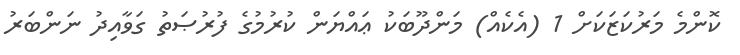
ކޮންމެ މަރުކަޒަކަށް 1 (އެކެއް) މަންދޫބަކު ޢައްޔަން ކުރުމުގެ ފުރުޞަތު ގަވާއިދު ނަންބަރު